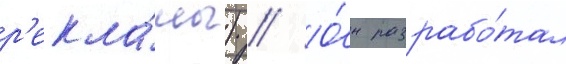
р'екла́мы) // О́н разрабо́тал